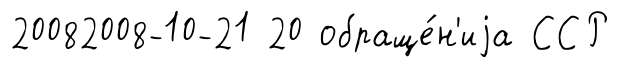
20082008-10-21 20 обраще́н'иjа ССР